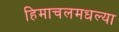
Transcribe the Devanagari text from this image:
हिमाचलमधल्या